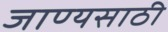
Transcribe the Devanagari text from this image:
जाण्यसाठी